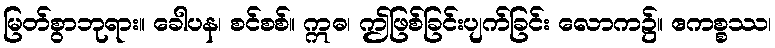
မြတ်စွာဘုရား။ ခေါပန၊ စင်စစ်။ ဣဓ၊ ဤဖြစ်ခြင်းပျက်ခြင်း လောက၌။ ဧကစ္စဿ၊